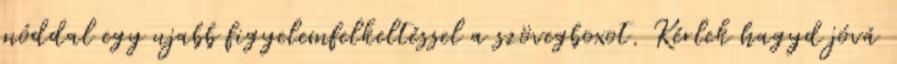
móddal egy ujabb figyelemfelkeltéssel a szövegboxot. Kérlek hagyd jóvá